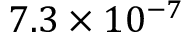
7 . 3 \times 1 0 ^ { - 7 }